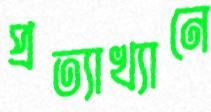
প্রত্যাখ্যানে